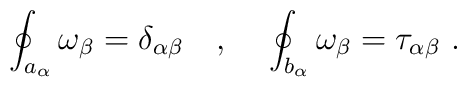
\oint_{a_{\alpha}} \omega_{\beta} = \delta_{\alpha \beta} ~~~ , ~~~ \oint_{b_{\alpha}} \omega_{\beta} = \tau_{\alpha \beta} ~ .